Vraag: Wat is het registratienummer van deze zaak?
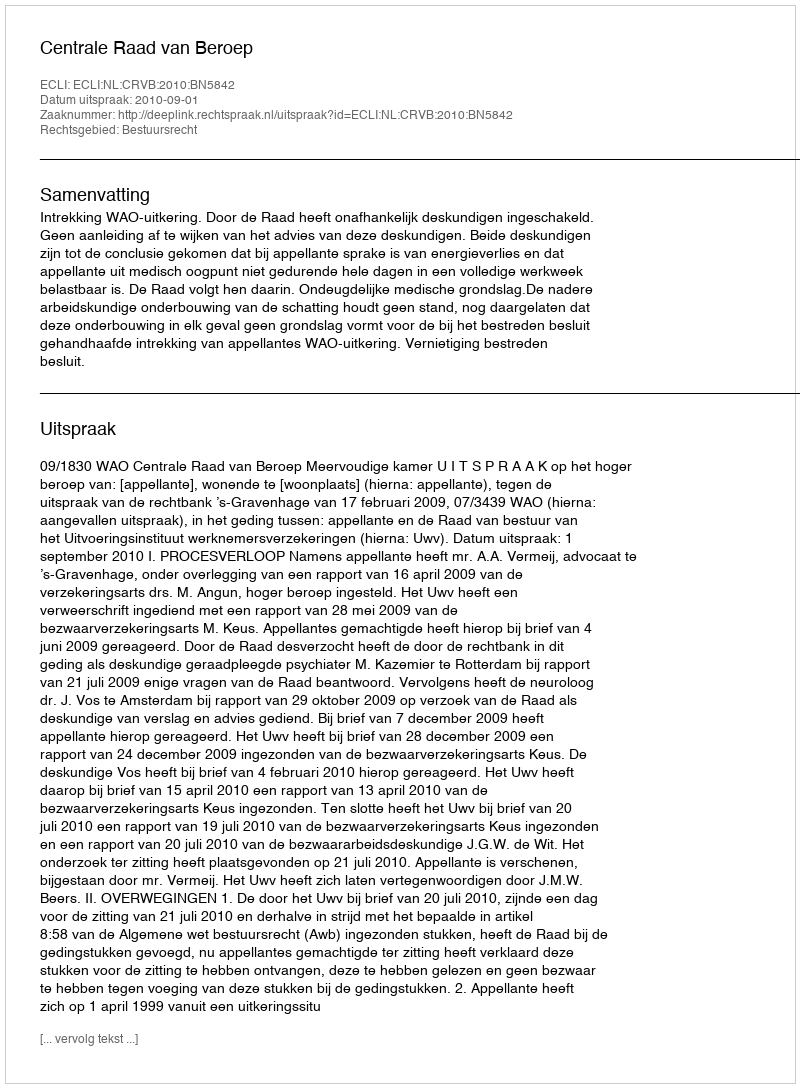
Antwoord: http://deeplink.rechtspraak.nl/uitspraak?id=ECLI:NL:CRVB:2010:BN5842